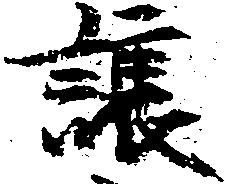
譲